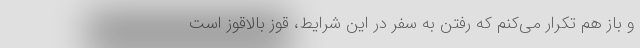
و باز هم تکرار می‌کنم که رفتن به سفر در این شرایط، قوز بالاقوز است